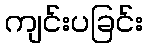
ကျင်းပခြင်း